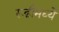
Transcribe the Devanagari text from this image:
रूढीमध्ये